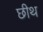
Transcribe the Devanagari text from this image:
छीथ